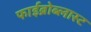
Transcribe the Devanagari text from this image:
फाईब्रोब्लास्ट